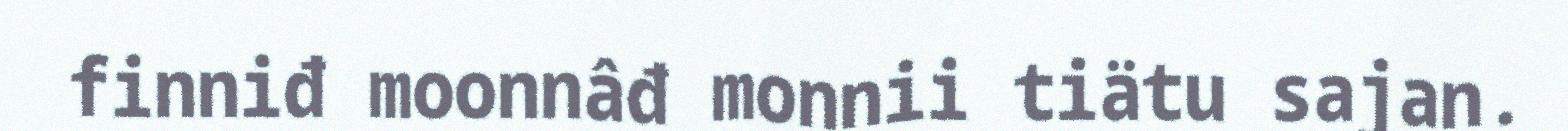
finniđ moonnâđ monnii tiätu sajan.